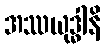
အဿယုဒ္ဓါနိ